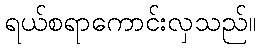
ရယ်စရာကောင်းလှသည်။